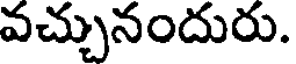
వచ్చునందురు.